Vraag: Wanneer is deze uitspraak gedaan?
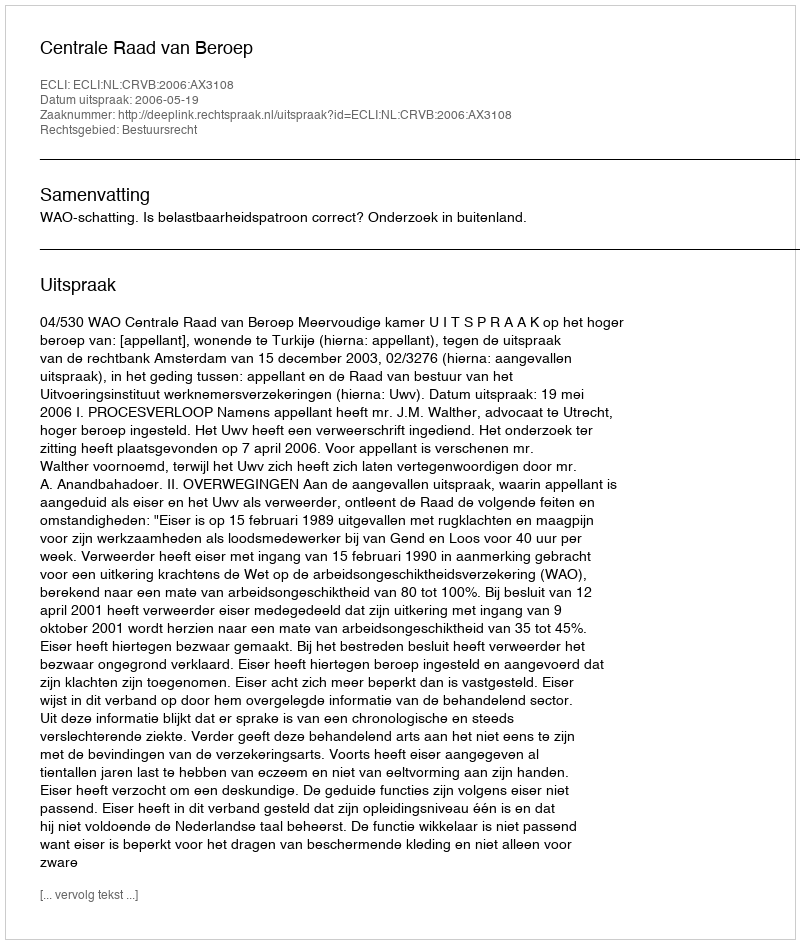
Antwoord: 2006-05-19